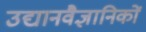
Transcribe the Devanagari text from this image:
उद्यानवैज्ञानिकों